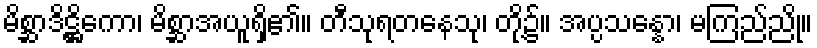
မိစ္ဆာဒိဋ္ဌိကော၊ မိစ္ဆာအယူရှိ၏။ တီသုရတနေသု၊ တို့၌။ အပ္ပသန္နော၊ မကြည်ညို။